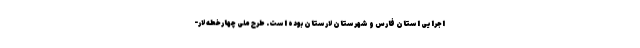
اجرایی استان فارس و شهرستان لارستان بوده است. طرح ملی چهارخطه لار-